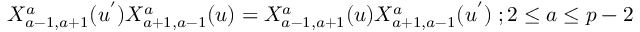
X _ { a - 1 , a + 1 } ^ { a } ( u ^ { ' } ) X _ { a + 1 , a - 1 } ^ { a } ( u ) = X _ { a - 1 , a + 1 } ^ { a } ( u ) X _ { a + 1 , a - 1 } ^ { a } ( u ^ { ' } ) \; ; 2 \leq a \leq p - 2